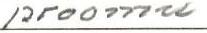
proomu